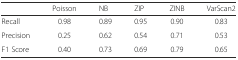
<table><thead><tr><td></td><td><b>Poisson</b></td><td><b>NB</b></td><td><b>ZIP</b></td><td><b>ZINB</b></td><td><b>VarScan2</b></td></tr></thead><tbody><tr><td>Recall</td><td>0.98</td><td>0.89</td><td>0.95</td><td>0.90</td><td>0.83</td></tr><tr><td>Precision</td><td>0.25</td><td>0.62</td><td>0.54</td><td>0.71</td><td>0.53</td></tr><tr><td>F1 Score</td><td>0.40</td><td>0.73</td><td>0.69</td><td>0.79</td><td>0.65</td></tr></tbody></table>